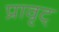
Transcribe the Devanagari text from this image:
प्रावृट्